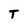
Character: T